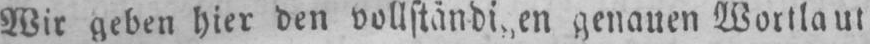
genauen Wortlaut